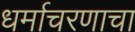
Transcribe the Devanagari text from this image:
धर्माचरणाचा